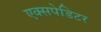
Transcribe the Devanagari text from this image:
एक्सपेडिटर